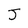
Character: J